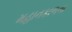
મહાનકાળના